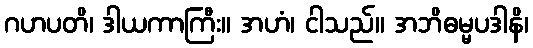
ဂဟပတိ၊ ဒါယကာကြီး။ အဟံ၊ ငါသည်။ အဘိဓမ္မပဒါနိ၊